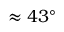
\approx 4 3 ^ { \circ }